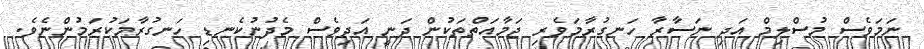
ނަމަވެސް މުސްލިމް އަދި ނަސާރާ ހަނގުރާމަވެރި ޖަމާއަތްތަކުން ދަނީ އަދިވެސް މެދުނުކެނޑި ހަނގުރާމަކުރަމުންނެވެ.